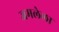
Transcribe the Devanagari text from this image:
जमलेला